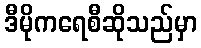
ဒီမိုကရေစီဆိုသည်မှာ